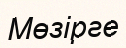
Мөзірге